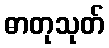
ဓာတုသုတ်